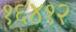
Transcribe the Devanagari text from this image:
१६४१२